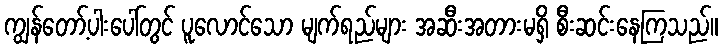
ကျွန်တော့်ပါးပေါ်တွင် ပူလောင်သော မျက်ရည်များ အဆီးအတားမရှိ စီးဆင်းနေကြသည်။